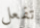
تفعل